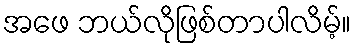
အဖေ ဘယ်လိုဖြစ်တာပါလိမ့်။